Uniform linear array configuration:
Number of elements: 12
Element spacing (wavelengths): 0.5
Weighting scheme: hann
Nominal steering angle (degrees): -30
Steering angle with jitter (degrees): -29.779
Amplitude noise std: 0.05
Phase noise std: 0.05

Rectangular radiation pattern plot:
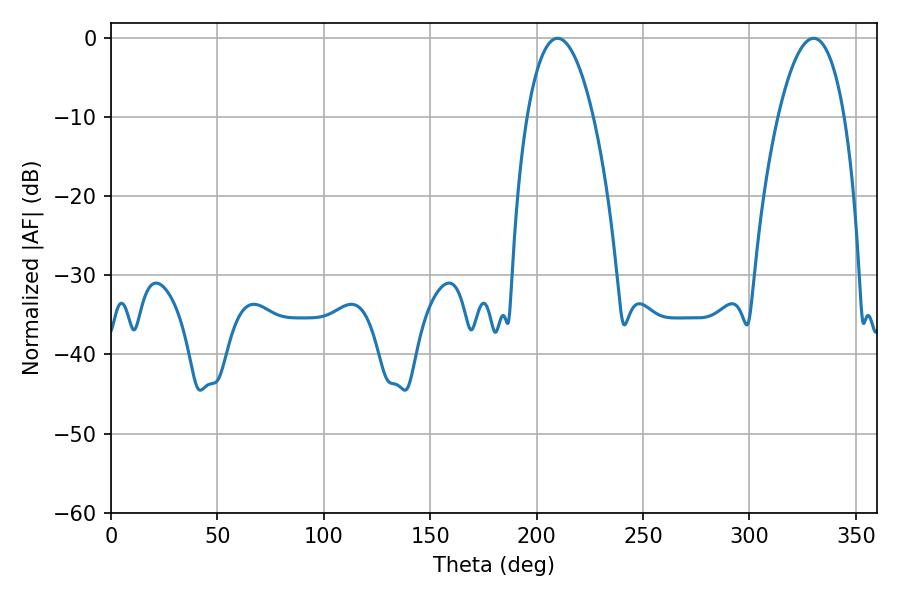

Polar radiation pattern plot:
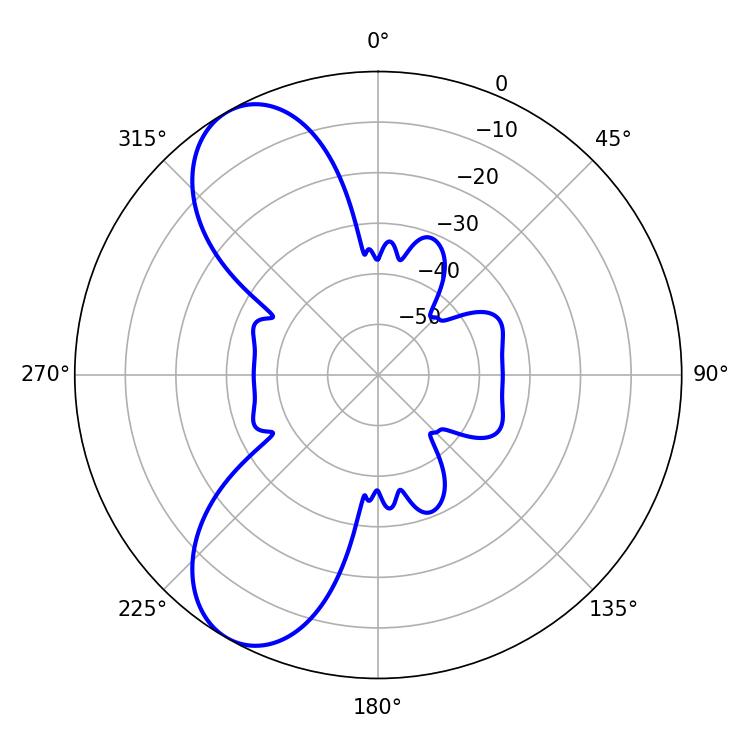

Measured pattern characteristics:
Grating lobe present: FALSE
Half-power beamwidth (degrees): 17.28
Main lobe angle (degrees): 209.88